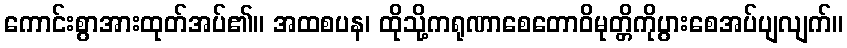
ကောင်းစွာအားထုတ်အပ်၏။ အထစပန၊ ထိုသို့ကရုဏာစေတောဝိမုတ္တိကိုပွားစေအပ်ပျလျက်။